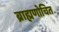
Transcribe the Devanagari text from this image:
ब्राह्मणोचित